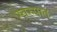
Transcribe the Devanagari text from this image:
स्‍वरुपात